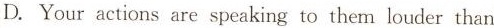
D.Your actions are speaking to them louder than